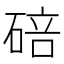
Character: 碚